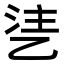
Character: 乼